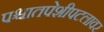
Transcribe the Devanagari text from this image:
पश्चातपेशीपटलावर